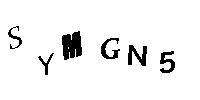
SYMGN5